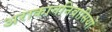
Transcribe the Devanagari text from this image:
अराकाननिवासियों